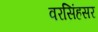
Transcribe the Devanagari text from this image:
वरसिंहसर